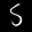
Label: 5